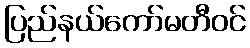
ပြည်နယ်ကော်မတီဝင်